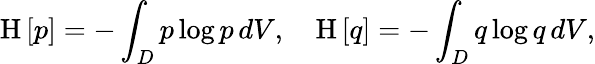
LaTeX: \mathrm{H}\left[{p}\right]=-\int_{D}p\log p\, dV,~~~~\mathrm{H}\left[{q}\right]=-\int_{D}q\log q\, dV,